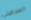
السباغيتي